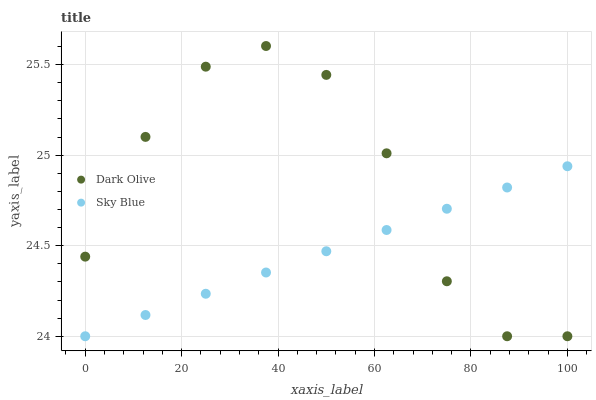
| xaxis_label | Dark Olive | Sky Blue |
 | --- | --- | --- |
 | 0 | 24.4 | 24 |
 | 12.5 | 25.1 | 24.1 |
 | 25 | 25.5 | 24.2 |
 | 37.5 | 25.6 | 24.4 |
 | 50 | 25.4 | 24.5 |
 | 62.5 | 25 | 24.6 |
 | 75 | 24.3 | 24.7 |
 | 87.5 | 24 | 24.8 |
 | 100 | 24 | 24.9 |